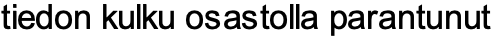
tiedon kulku osastolla parantunut